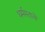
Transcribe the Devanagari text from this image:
धर्ममताचे